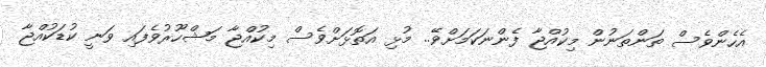
އެހެންވެސް ތަންތަނުން މިކުއްޖާ ފެންނަކަމަށްވޭ.. މުޅި އަތޮޅަށްވެސް މިކުއްޖާ މަޝްހޫރުވެފައި ވަނީ ކުޑަކުއްޖާ